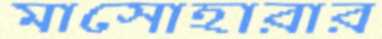
মাসোহারার